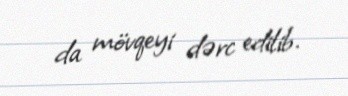
da mövqeyi dərc edilib.